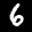
Label: 6